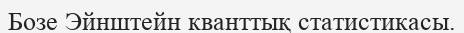
Бозе Эйнштейн кванттық статистикасы.